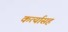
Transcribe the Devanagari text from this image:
कर्त्यासह